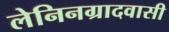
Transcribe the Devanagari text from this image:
लेनिनग्रादवासी